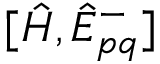
[ \Hat { H } , \Hat { E } _ { p q } ^ { - } ]